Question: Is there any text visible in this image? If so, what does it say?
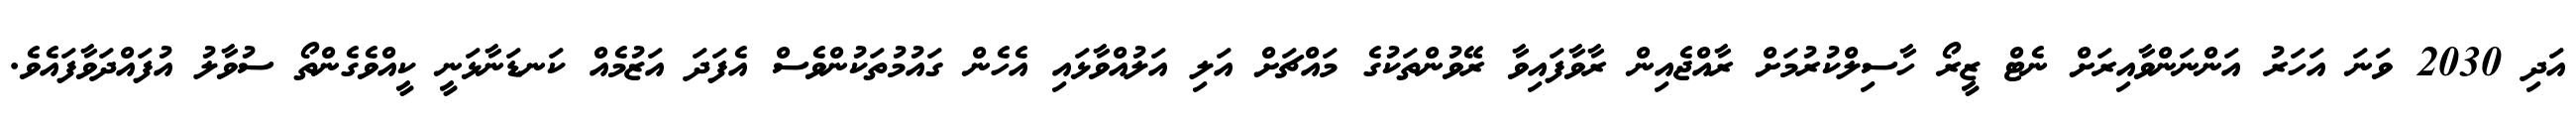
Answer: އަދި 2030 ވަނަ އަހަރު އަންނަންވާއިރަށް ނެޓް ޒީރޯ ހާސިލްކުރުމަށް ރާއްޖެއިން ރާވާފައިވާ ރޭވުންތަކުގެ މައްޗަށް އަލި އަލުއްވާޅައި އެހެން ގައުމުތަކުންވެސް އެފަދަ އަޒުމެއް ކަނޑަނާޅަނީ ކީއްވެގެންތޯ ސުވާލު އުފައްދަވާފައެވެ.